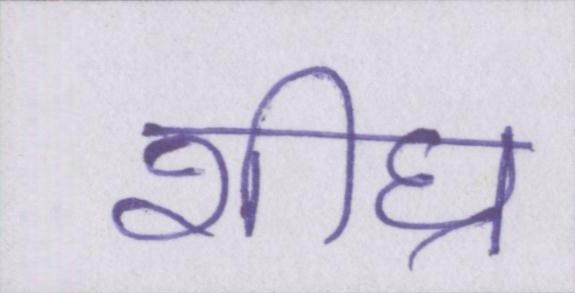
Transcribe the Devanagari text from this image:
शीघ्र